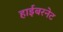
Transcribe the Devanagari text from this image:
हाईबरनेट